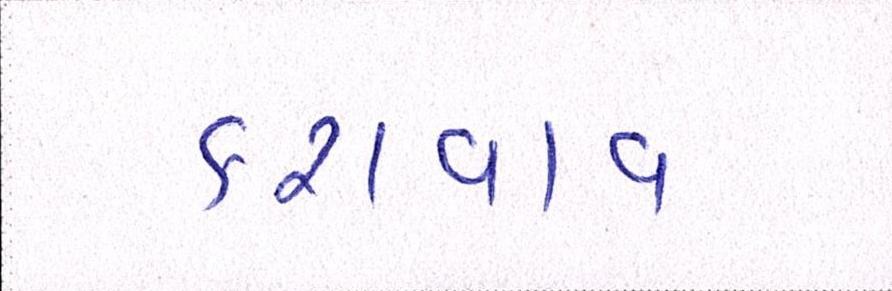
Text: કરાવાવ